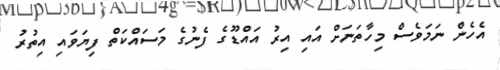
އެހެން ނަމަވެސް މިހާތަނަށް އައި އިރު އައްޑޫގެ ފެނުގެ މަސައްކަތް ފިޔަވައި އިތުރު